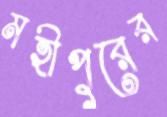
মহীপুরের